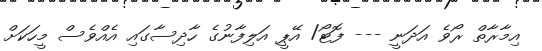
އިމާރާތް ރޯވެ އަދަނީ --- ފޮޓޯ/ އޭޕީ އަލިފާނުގެ ހާދިސާގައި އެއްވެސް މީހަކަށް